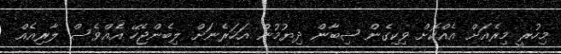
މިހުރީ މިރެއަށް އެއްކޮށް ވިކިގެން ޝިބާން ދިޔުމުން އަހަރެނަށް ލިބެންޖެހޭ އެއްވެސް ލާރިއެއް